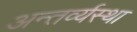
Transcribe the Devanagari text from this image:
अन्तर्व्यस्था